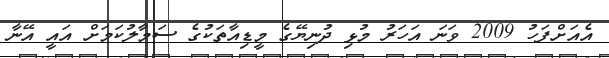
އެއަށްފަހު 2009 ވަނަ އަހަރު މުޅި ދުނިޔޭގެ މީޑިއާތަކުގެ ސަމާލުކަމަށް އައީ އޭނާ